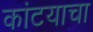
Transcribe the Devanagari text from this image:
कांटयाचा